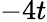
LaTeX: -4t